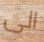
الى